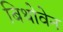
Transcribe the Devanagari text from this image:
बिथोवेन